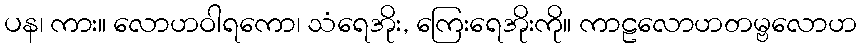
ပန၊ ကား။ လောဟဝါရကော၊ သံရေအိုး, ကြေးရေအိုးကို။ ကာဠလောဟတမ္ဗလောဟ